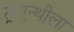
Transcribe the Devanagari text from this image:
ट्रांएन्थीला